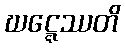
ဃဋ္ဋေဿတိ